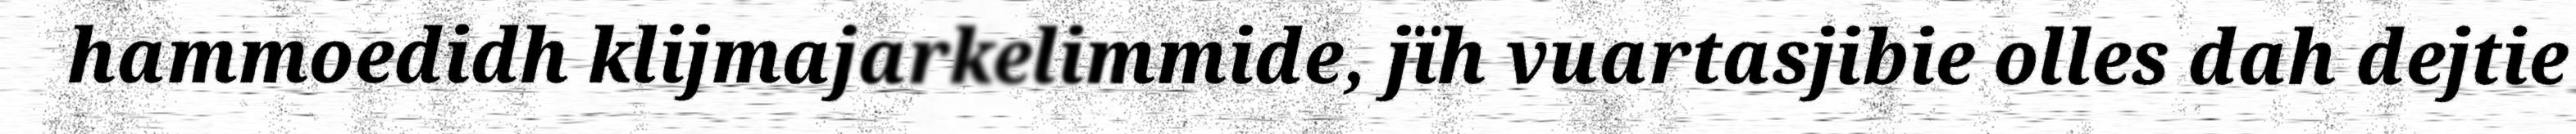
hammoedidh klijmajarkelimmide, jïh vuartasjibie olles dah dejtie